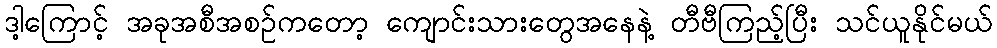
ဒါ့ကြောင့် အခုအစီအစဉ်ကတော့ ကျောင်းသားတွေအနေနဲ့ တီဗီကြည့်ပြီး သင်ယူနိုင်မယ်